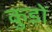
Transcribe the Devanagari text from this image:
कुड़ों